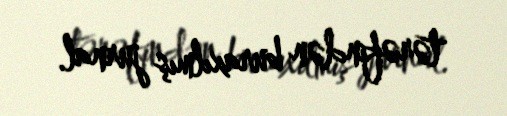
tərəfindən buraxılmış jurnal.